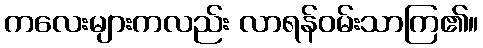
ကလေးများကလည်း လာရန်ဝမ်းသာကြ၏။